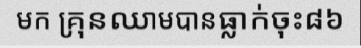
មក គ្រុនឈាមបានធ្លាក់ចុះ៨៦